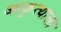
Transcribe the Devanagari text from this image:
आकृत्याला